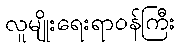
လူမျိုးရေးရာဝန်ကြီး